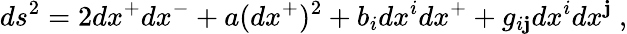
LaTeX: ds^{2}=2dx^{+}dx^{-}+a(dx^{+})^{2}+b_{i}dx^{i}dx^{+}+g_{i\mathbf{j}}dx^{i}dx^{\mathbf{j}}~,